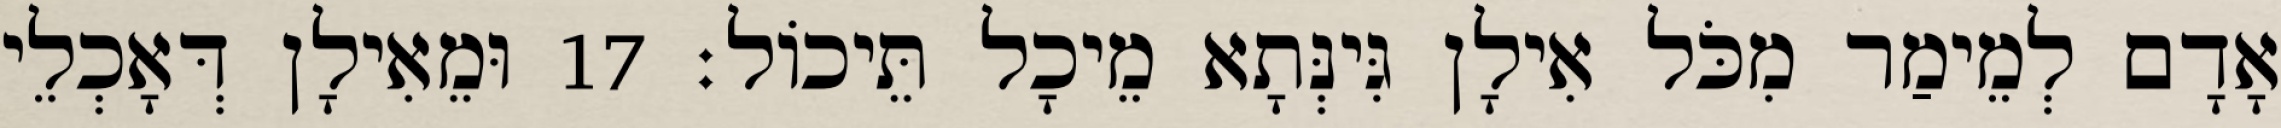
אָדָם לְמֵימַר מִכֹּל אִילָן גִּינְּתָא מֵיכָל תֵּיכוֹל׃ 17 וּמֵאִילָן דְּאָכְלֵי